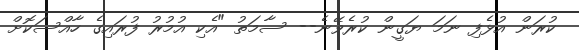
ކުރަން އުޅެފި ނަމަ ޔަގީން ކުރެވޭނެ-- ސާމަތު "އެކި އުމުރު ފުރައިގެ ހާއްސަކޮށް